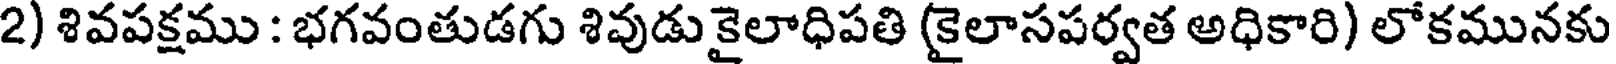
2) శివపక్షము : భగవంతుడగు శివుడు కైలాధిపతి (కైలాసపర్వత అధికారి) లోకమునకు